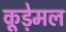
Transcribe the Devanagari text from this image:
कूड़ेमल